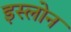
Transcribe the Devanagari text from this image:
इस्लोन